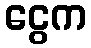
ငွေက